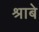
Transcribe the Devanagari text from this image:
श्राबे